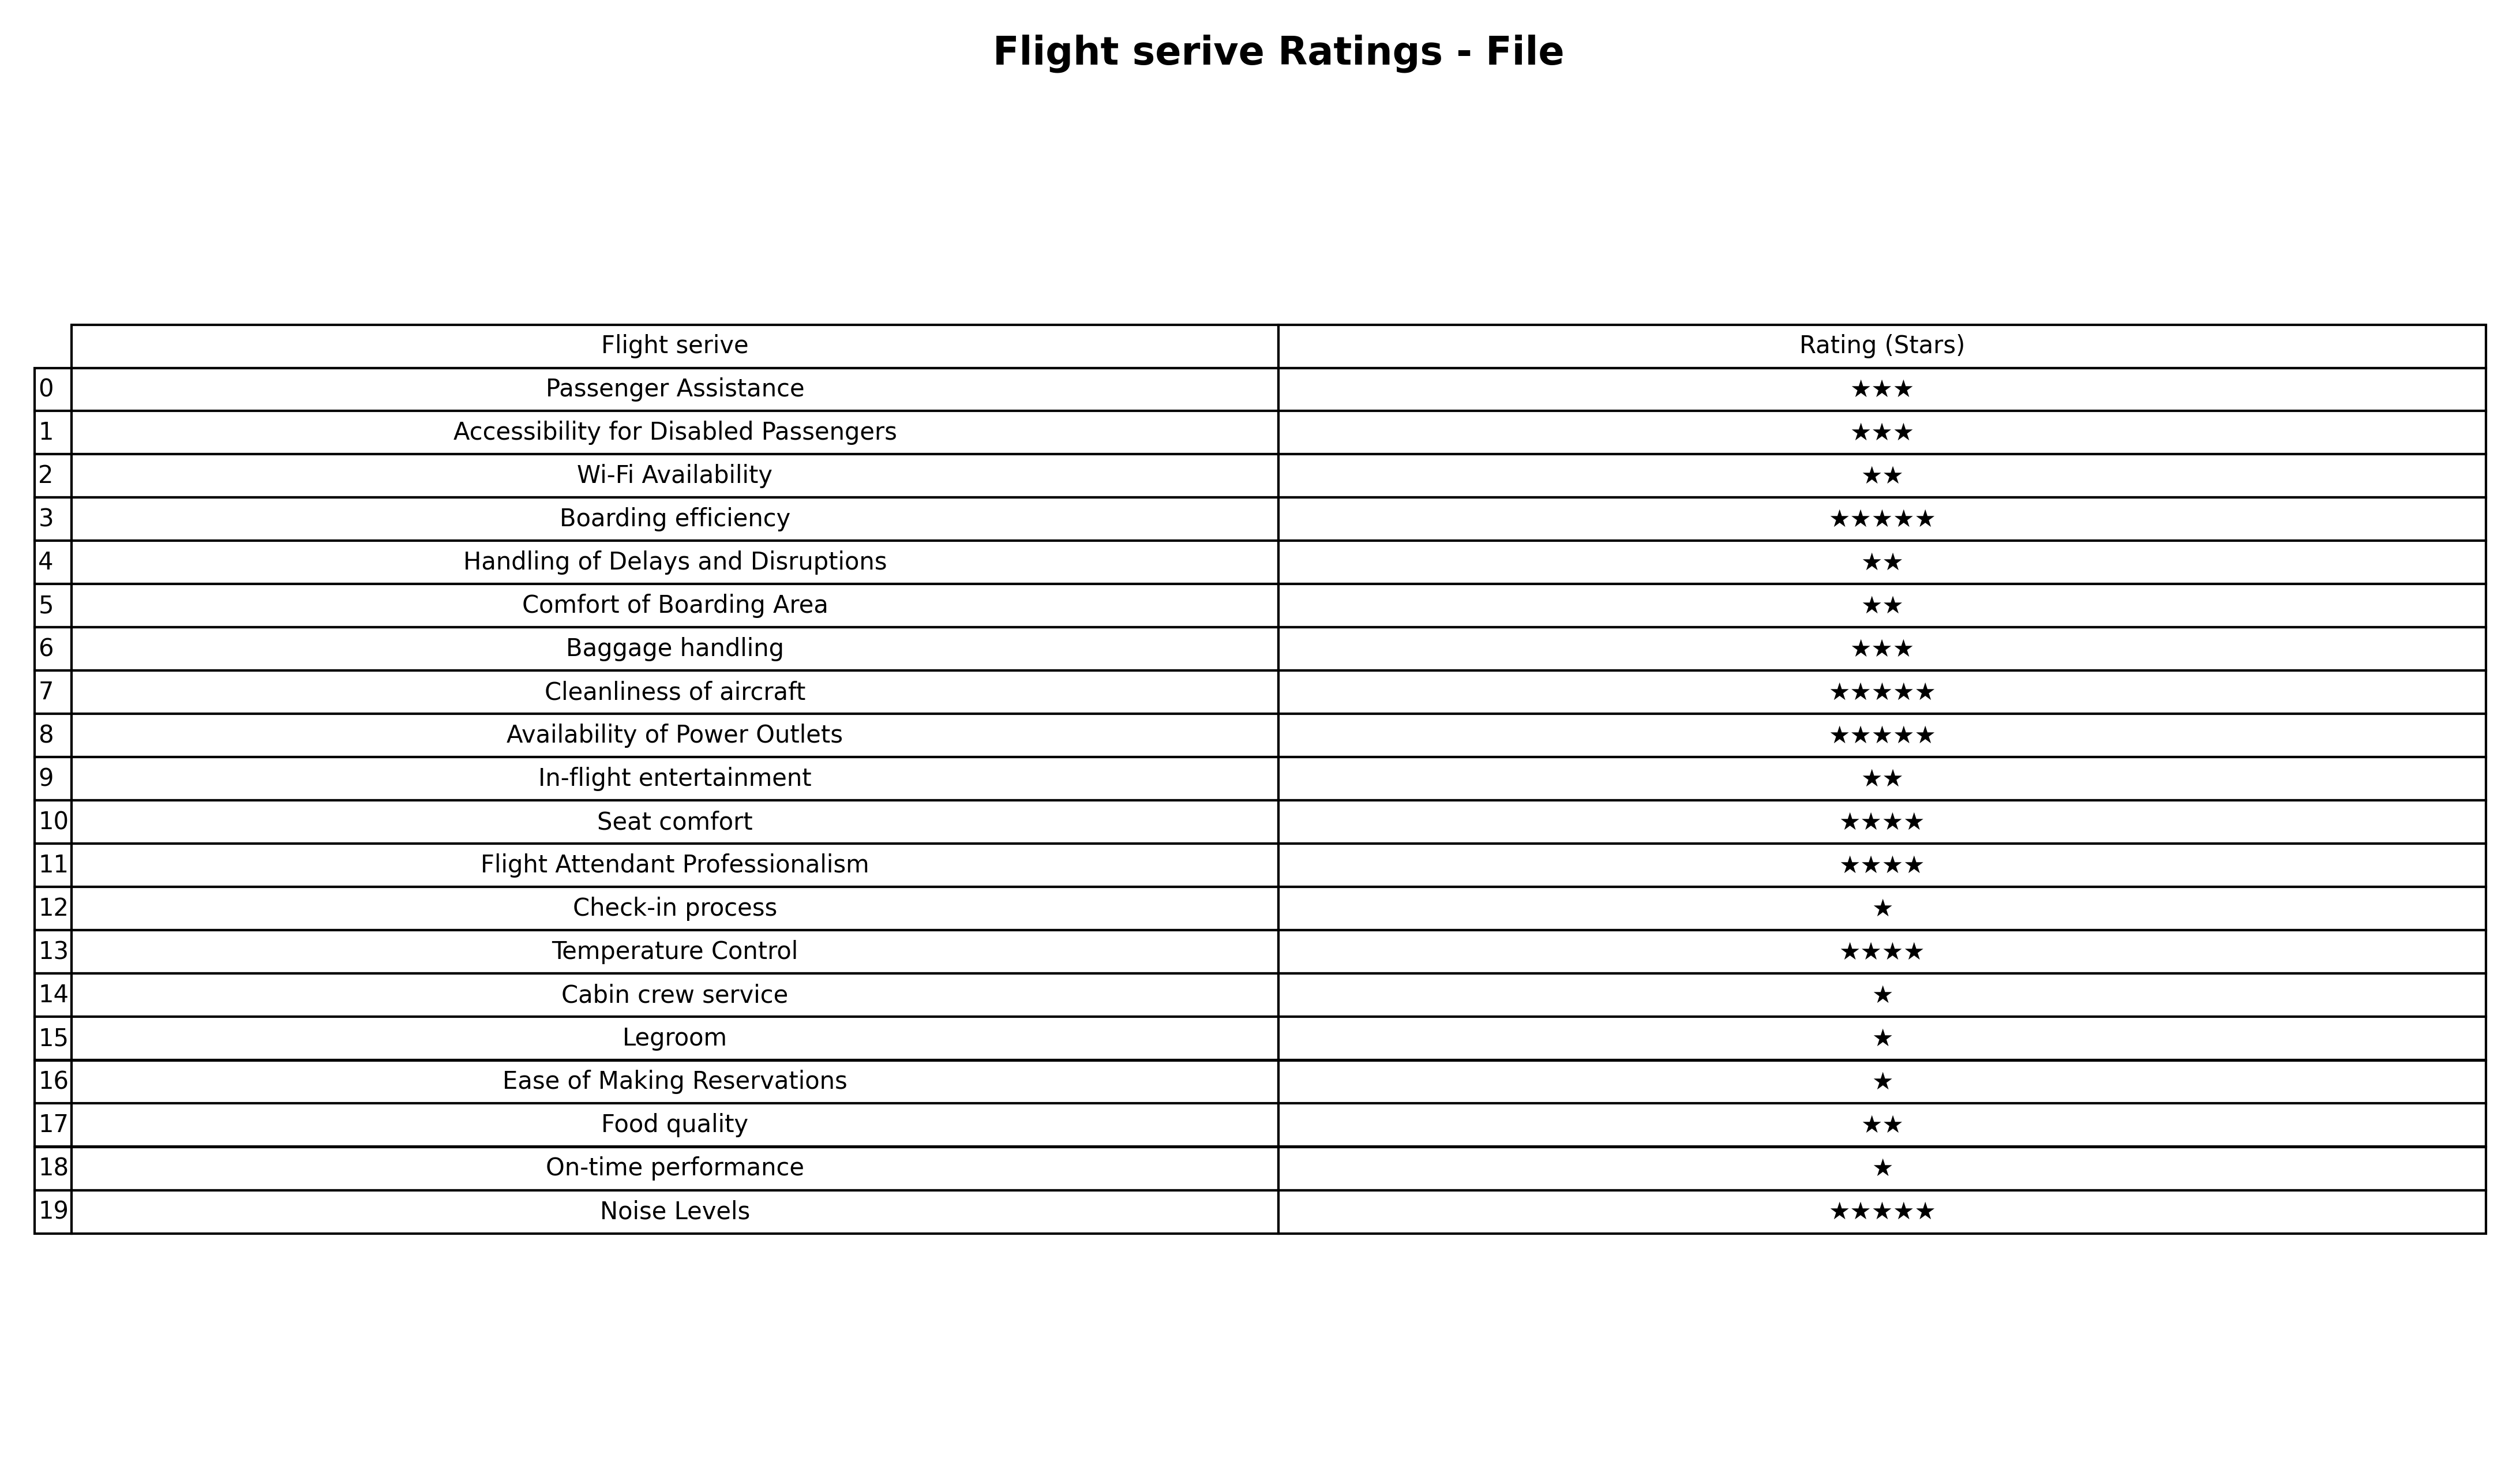
question: Which services are rated average?
answer: Passenger AssistanceAccessibility for Disabled PassengersBaggage handling